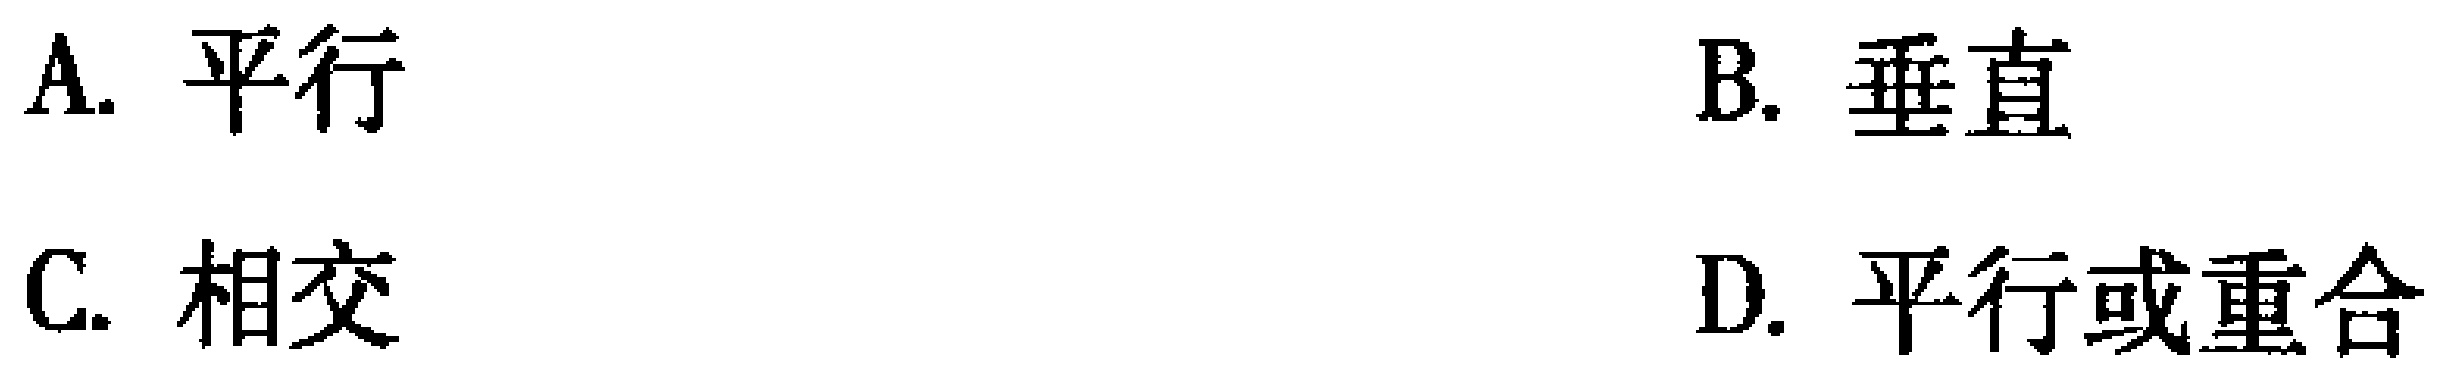
A. 平行
B. 垂直
C. 相交
D. 平行或重合